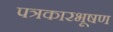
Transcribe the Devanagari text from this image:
पत्रकारभूषण